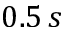
0 . 5 \, s